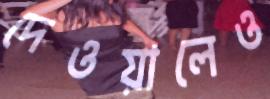
দেওয়ালেও